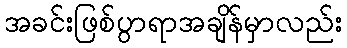
အခင်းဖြစ်ပွာရာအချိန်မှာလည်း